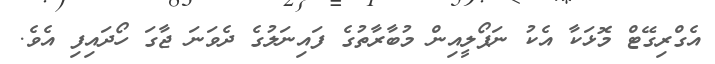
އެގްރިގޭޓް މޮޅަކާ އެކު ނަޕޯލީއިން މުބާރާތުގެ ފައިނަލުގެ ދެވަނަ ޖާގަ ހޯދައިފި އެވެ.